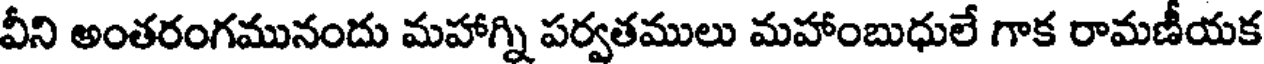
వీని అంతరంగమునందు మహాగ్ని పర్వతములు మహాంబుధులే గాక రామణీయక